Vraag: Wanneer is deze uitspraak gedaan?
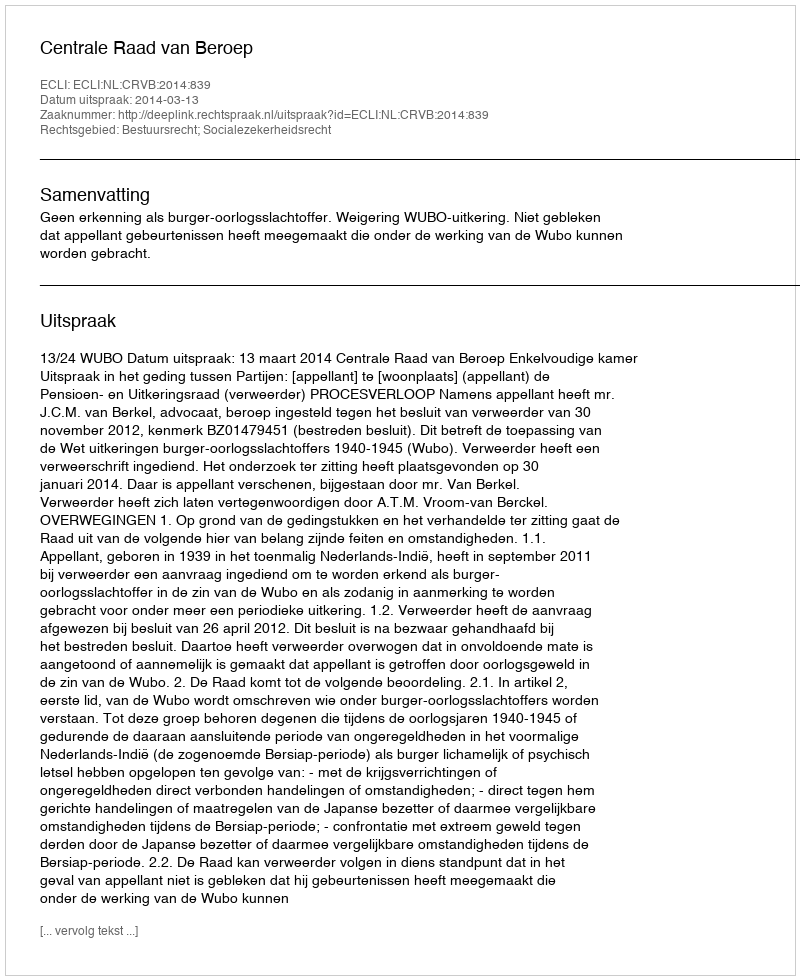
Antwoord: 2014-03-13